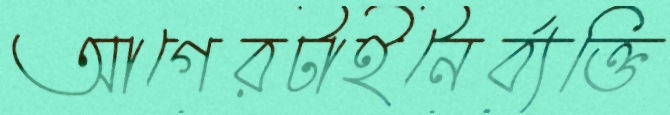
আগেরটাইনৈর্ব্যক্তি